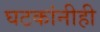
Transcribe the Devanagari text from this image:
घटकांनीही